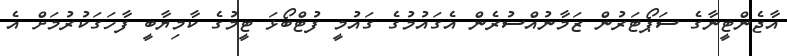
އާޖެންޓީނާގެ ސަޕޯޓަރުން ޒަމާނުއްސުރެން އެގައުމުގެ ގައުމީ ފުޓްބޯޅަ ޓީމުގެ ކާމިޔާބީ ފާހަގަކުރުމަށް އެ